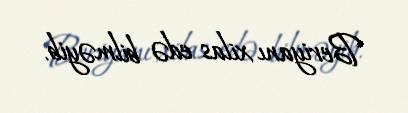
Beriyanı xilas edə bilməyib.